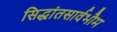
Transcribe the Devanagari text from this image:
सिद्धांतसार्वभौम